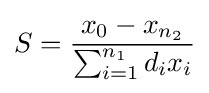
S={\frac {x_{0}-x_{n_{2}}}{\sum _{i=1}^{n_{1}}d_{i}x_{i}}}